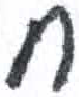
אות: ח